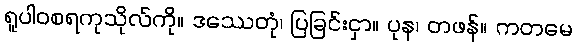
ရူပါဝစရကုသိုလ်ကို။ ဒဿေတုံ၊ ပြခြင်းငှာ။ ပုန၊ တဖန်။ ကတမေ